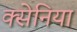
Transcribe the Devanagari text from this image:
क्सेनिया